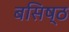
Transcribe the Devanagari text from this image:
बसिष्ठ